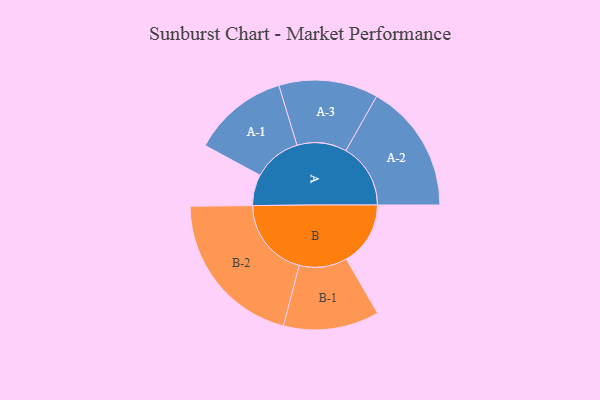
{"axis": {"x": "Segment", "y": "Value"}, "legend": ["", "A", "B"], "data": [{"x": "A", "y": 105, "type": ""}, {"x": "B", "y": 217, "type": ""}, {"x": "A-1", "y": 162, "type": "A"}, {"x": "A-2", "y": 219, "type": "A"}, {"x": "A-3", "y": 168, "type": "A"}, {"x": "B-1", "y": 162, "type": "B"}, {"x": "B-2", "y": 271, "type": "B"}]}